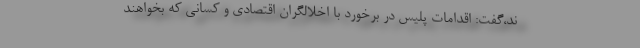
ند،گفت: اقدامات پلیس در برخورد با اخلالگران اقتصادی و کسانی که بخواهند